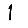
Digit: 1